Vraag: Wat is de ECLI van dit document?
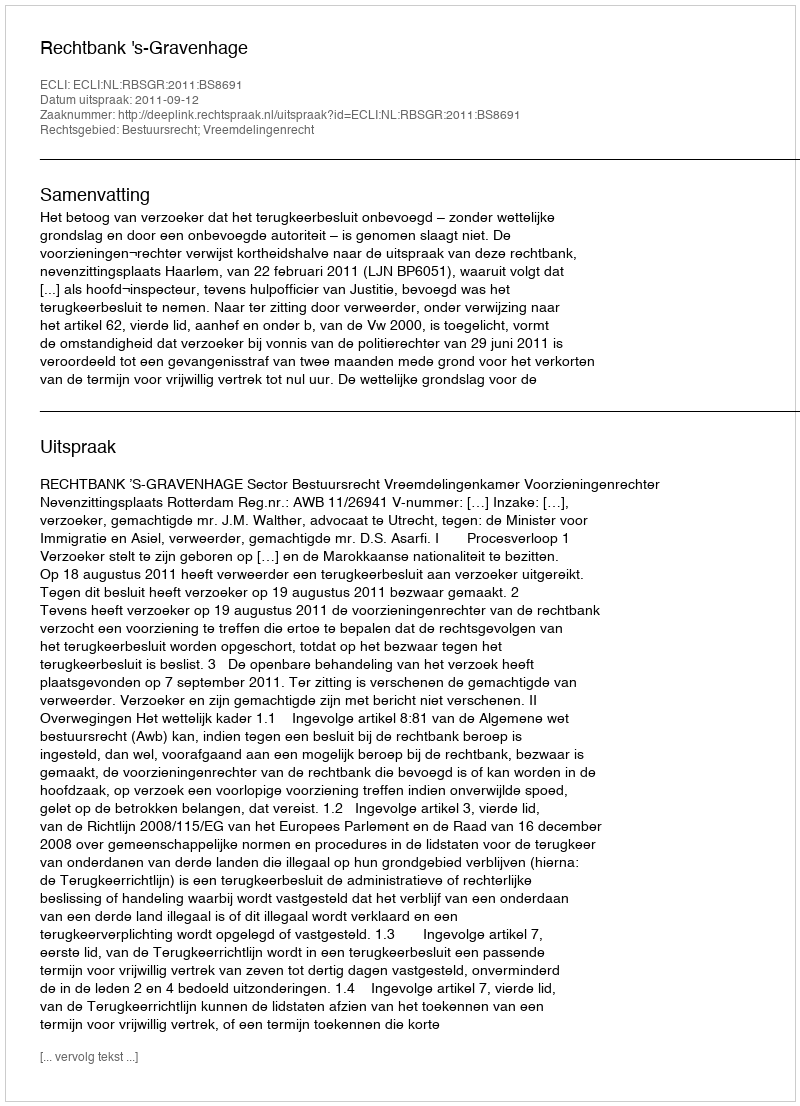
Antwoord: ECLI:NL:RBSGR:2011:BS8691